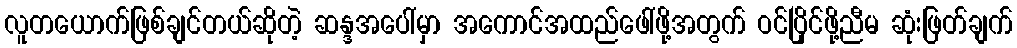
လူတယောက်ဖြစ်ချင်တယ်ဆိုတဲ့ ဆန္ဒအပေါ်မှာ အကောင်အထည်ဖေါ်ဖို့အတွက် ဝင်ပြိုင်ဖို့ညီမ ဆုံးဖြတ်ချက်